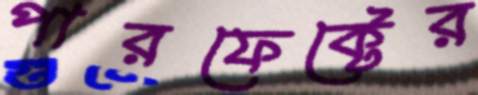
পারফেক্টের